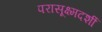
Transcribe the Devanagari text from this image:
परासूक्ष्मदर्शी